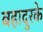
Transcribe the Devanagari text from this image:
बहादुरके